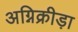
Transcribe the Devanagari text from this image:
अग्निक्रीड़ा